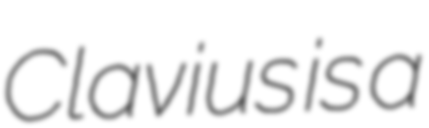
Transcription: Clavius is a